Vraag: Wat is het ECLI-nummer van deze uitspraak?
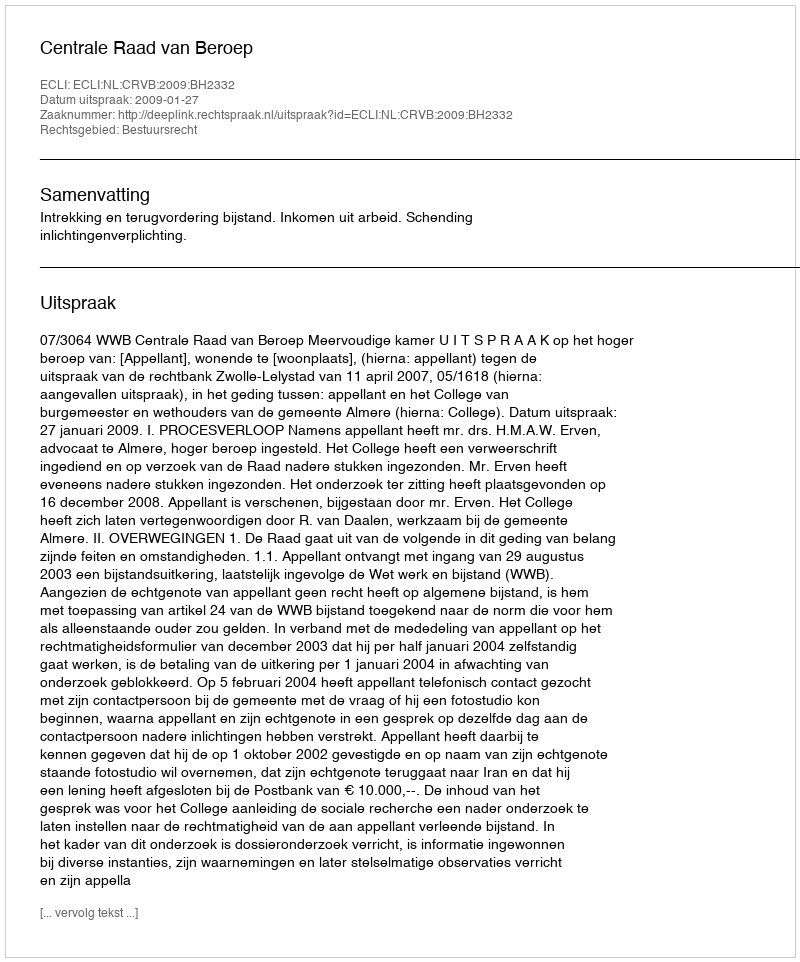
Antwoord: ECLI:NL:CRVB:2009:BH2332